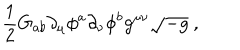
\frac { 1 } { 2 } G _ { a b } \partial _ { \mu } \phi ^ { a } \partial _ { \nu } \phi ^ { b } g ^ { \mu \nu } \sqrt { - g } \ ,